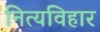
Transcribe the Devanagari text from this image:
नित्यविहार